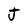
Character: J